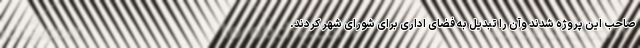
صاحب این پروژه شدند وآن را تبدیل به فضای اداری برای شورای شهر کردند.